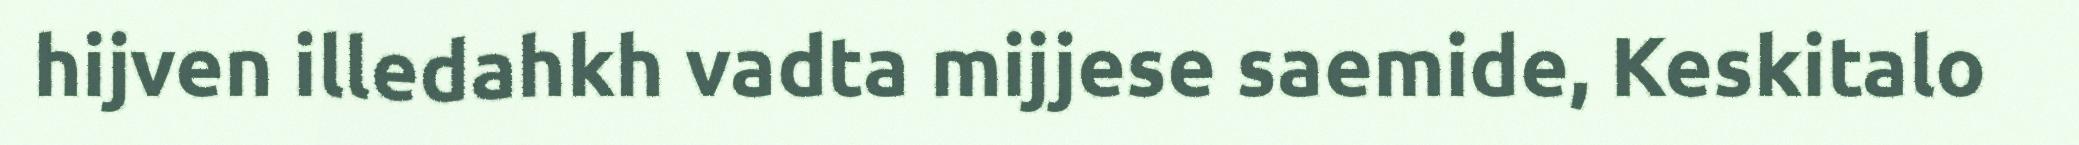
hijven illedahkh vadta mijjese saemide, Keskitalo